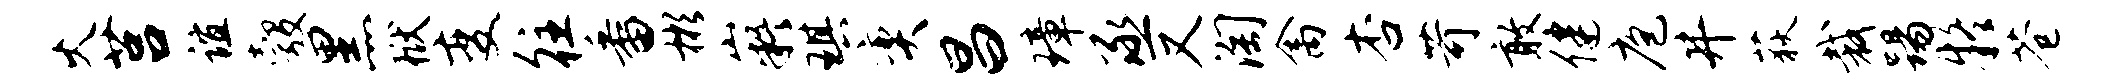
火莒谊彀黑狱变往番彬嶷琪奕昌璋丞又淘禽杏苛敢健庖井荻裁踢疑苍